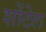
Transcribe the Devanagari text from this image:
शोंटेल